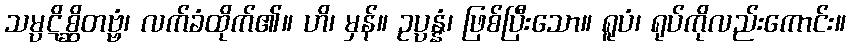
သမ္ပဋိစ္ဆိတဗ္ဗံ၊ လက်ခံထိုက်၏။ ဟိ၊ မှန်။ ဥပ္ပန္နံ၊ ဖြစ်ပြီးသော။ ရူပံ၊ ရုပ်ကိုလည်းကောင်း။